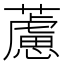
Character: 藘